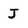
Character: J